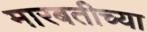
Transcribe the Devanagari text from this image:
मारबतीच्या